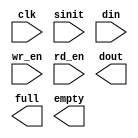
module rxcntrlfifo(
	clk,
	sinit,
	din,
	wr_en,
	rd_en,
	dout,
	full,
	empty);


input clk;
input sinit;
input [7 : 0] din;
input wr_en;
input rd_en;
output [7 : 0] dout;
output full;
output empty;

// synopsys translate_off

      SYNC_FIFO_V5_0 #(
		1,	// c_dcount_width
		0,	// c_enable_rlocs
		0,	// c_has_dcount
		0,	// c_has_rd_ack
		0,	// c_has_rd_err
		0,	// c_has_wr_ack
		0,	// c_has_wr_err
		1,	// c_memory_type
		0,	// c_ports_differ
		1,	// c_rd_ack_low
		1,	// c_rd_err_low
		8,	// c_read_data_width
		128,	// c_read_depth
		8,	// c_write_data_width
		128,	// c_write_depth
		1,	// c_wr_ack_low
		1)	// c_wr_err_low
	inst (
		.CLK(clk),
		.SINIT(sinit),
		.DIN(din),
		.WR_EN(wr_en),
		.RD_EN(rd_en),
		.DOUT(dout),
		.FULL(full),
		.EMPTY(empty),
		.RD_ACK(),
		.WR_ACK(),
		.RD_ERR(),
		.WR_ERR(),
		.DATA_COUNT());


// synopsys translate_on

// FPGA Express black box declaration
// synopsys attribute fpga_dont_touch "true"
// synthesis attribute fpga_dont_touch of rxcntrlfifo is "true"

// XST black box declaration
// box_type "black_box"
// synthesis attribute box_type of rxcntrlfifo is "black_box"

endmodule